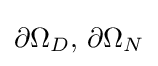
\partial \Omega _{D},\,\partial \Omega _{N}